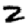
Digit: 2